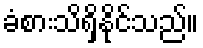
ခံစားသိရှိနိုင်သည်။